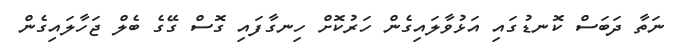
ނަތާ ދަބަސް ކޮނޑުގައި އަޅުވާލައިގެން ހަރުކޮށް ހިނގާފައި ގޮސް ގޭގެ ބެލް ޖަހާލައިގެން